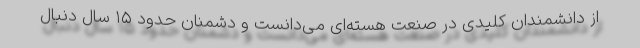
از دانشمندان کلیدی در صنعت هسته‌ای می‌دانست و دشمنان حدود ۱۵ سال دنبال